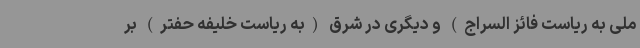
ملی به ریاست فائز السراج) و دیگری در شرق (به ریاست خلیفه حفتر) بر